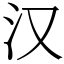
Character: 汉